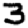
Digit: 3